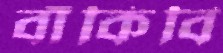
বাঁকিবি